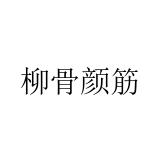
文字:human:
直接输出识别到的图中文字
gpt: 柳骨颜筋